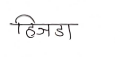
मजकूर: हिजडा